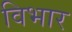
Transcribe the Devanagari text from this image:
विभार